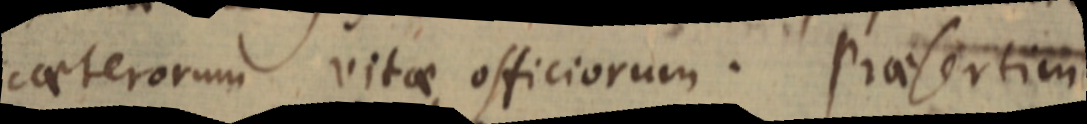
caeterorum vitae officiorum. Praesertim